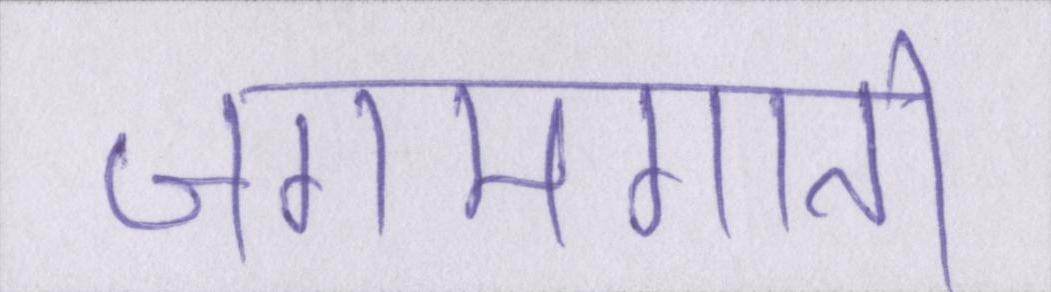
जगमगाती